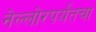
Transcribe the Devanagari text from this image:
नेल्लोरपर्यंतचा